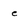
Character: e